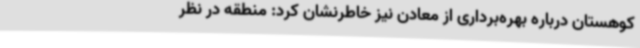
کوهستان درباره بهره‌برداری از معادن نیز خاطرنشان کرد: منطقه در نظر